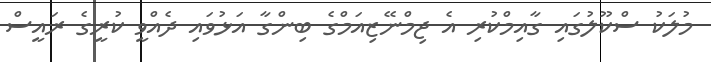
މުލަކު ސްކޫލުގައި ގާއިމްކުރި އެ ޖިމްނޭޒިއަމްގެ ބިންގާ އަޅުވައި ދެއްވީ ކުރީގެ ރައީސް